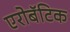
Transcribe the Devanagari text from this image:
एरोबॅटिक